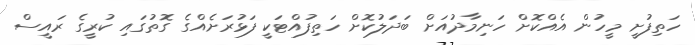
ހަތިފުށީ މީހުން އެއްކޮށް ހަނިމާދުއަށް ބަދަލުކޮށް ހަތިފުއްޓަކީ ފަޅުރަށެއްގެ ގޮތުގައި ކުރީގެ ރައީސް